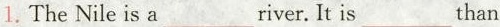
1. The Nile is a___river. It is___than